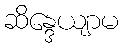
ဆိန္ဒေယျာမ